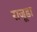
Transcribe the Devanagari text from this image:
राजूडा